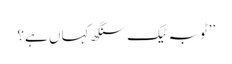
’’ٹوبہ ٹیک سنگھ کہاں ہے؟